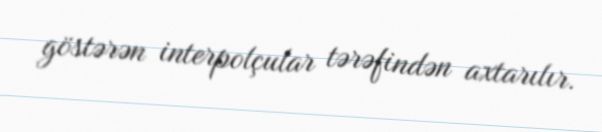
göstərən interpolçular tərəfindən axtarılır.